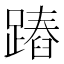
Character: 蹖